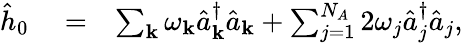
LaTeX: \begin{array}{rlr}{\hat{h}_{0}}&{{}=}&{\sum_{{\mathbf k}}\omega_{{\mathbf k}}\hat{a}_{{\mathbf k}}^{\dagger}\hat{a}_{{\mathbf k}}+\sum_{j=1}^{N_{A}}2\omega_{j}\hat{a}_{j}^{\dagger}\hat{a}_{j},}\end{array}